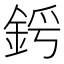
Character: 𨦜